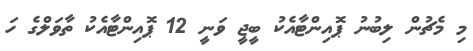
މި މެޗުން ލިބުނު ޕޮއިންޓާއެކު ބީޖީ ވަނީ 12 ޕޮއިންޓާއެކު ތާވަލްގެ ހަ